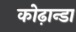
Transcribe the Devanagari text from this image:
कोढ़ान्‍डा